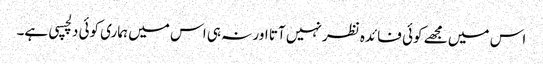
اس میں مجھے کوئی فائدہ نظر نہیں آتا اور نہ ہی اس میں ہماری کوئی دلچسپی ہے۔